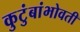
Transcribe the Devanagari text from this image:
कुटुंबांभोवती